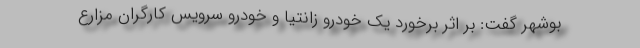
بوشهر گفت: بر اثر برخورد یک خودرو زانتیا و خودرو سرویس کارگران مزارع